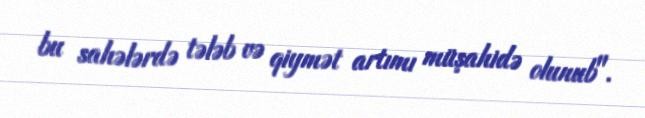
bu sahələrdə tələb və qiymət artımı müşahidə olunub".